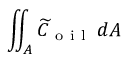
\iint _ { A } \widetilde { C } _ { \mathrm { ~ o ~ i ~ l ~ } } \, d A